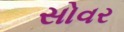
સોવર